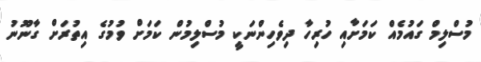
މުސްލިމް ގައުމެއް ކަމަށާއި ހުރިހާ ދިވެހިންނަކީ މުސްލިމުން ކަމަށް ވުމުގެ އިތުރަށް ގާނޫނު